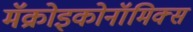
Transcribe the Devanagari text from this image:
मॅक्रोइकोनॉमिक्स